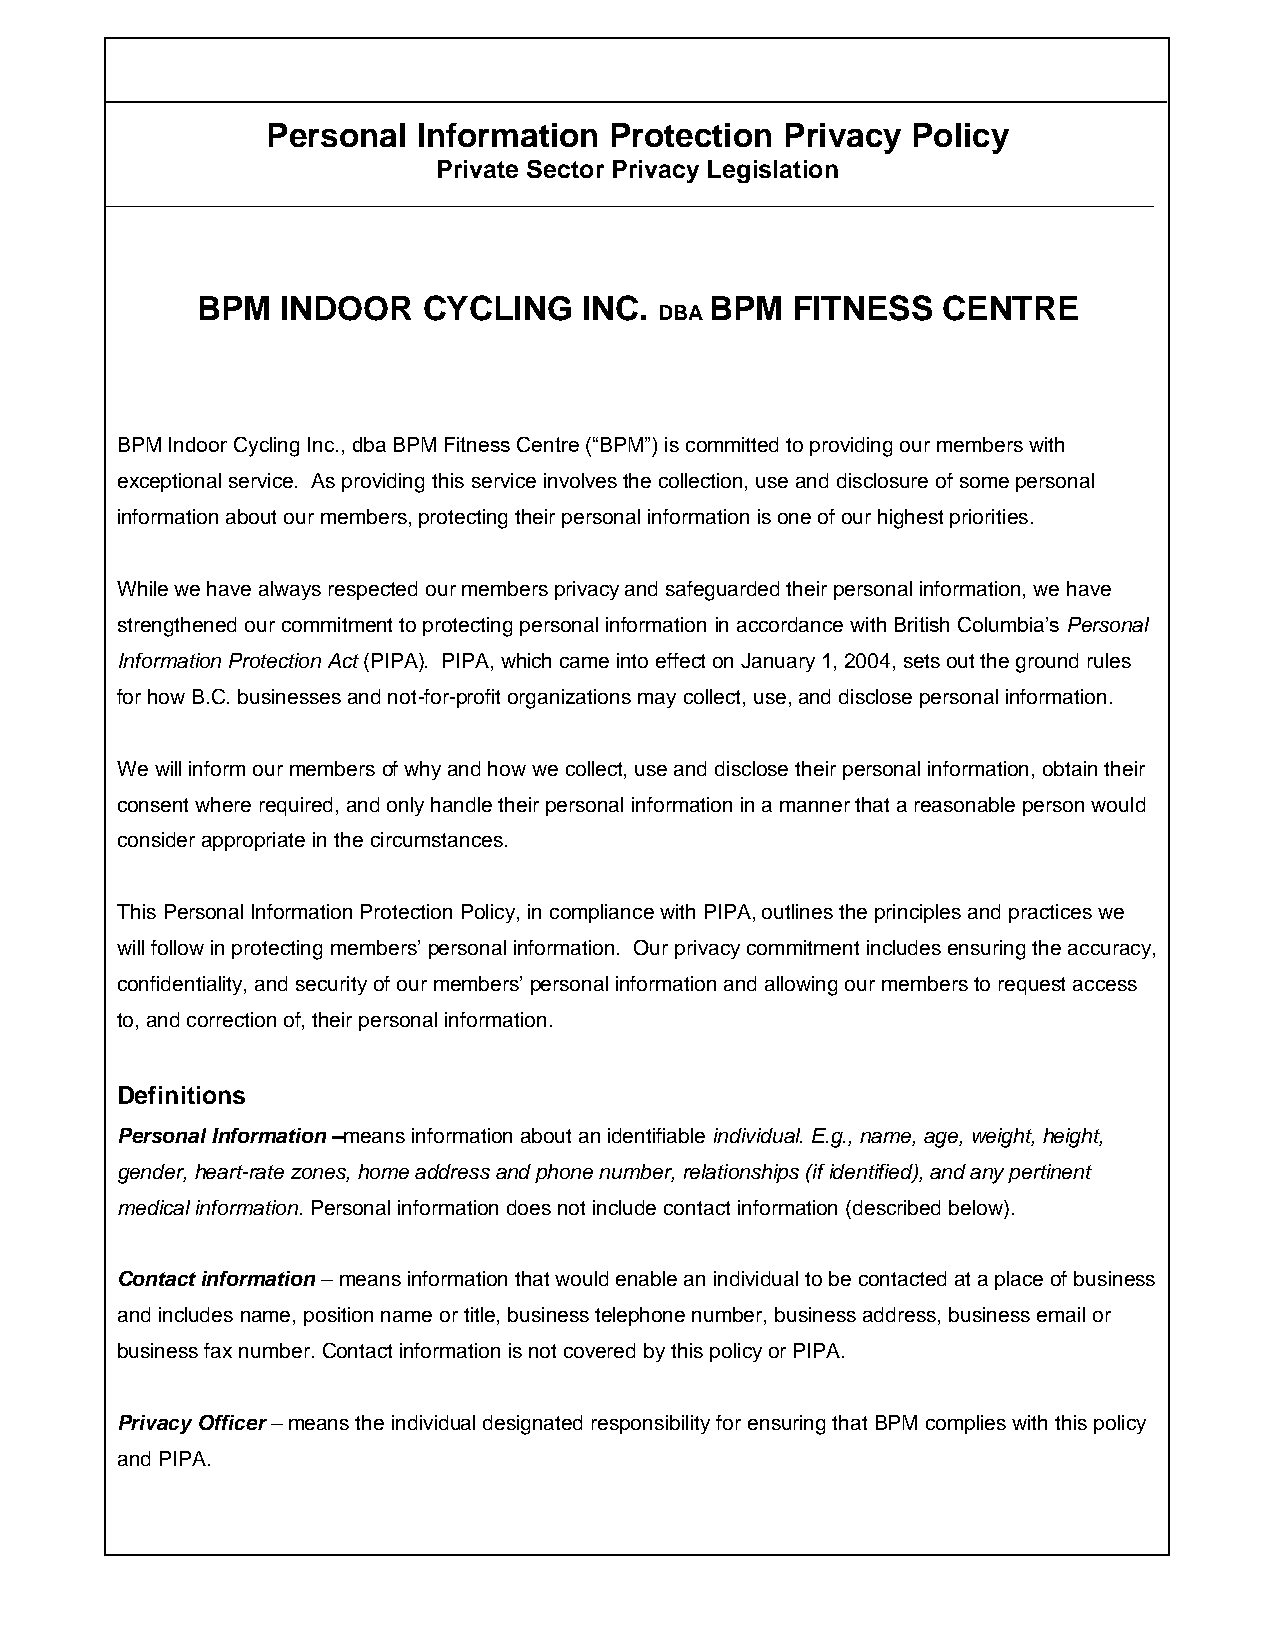
Personal  Information Protection  Privacy Policy
 Private Sector Privacy Legislation
 BPM   INDOOR   CYCLING    INC.    BPM  FITNESS   CENTRE
 DBA
 BPM Indoor Cycling Inc., dba BPM Fitness Centre (“BPM”) is committed to providing our members with
 exceptional service. As providing this service involves the collection, use and disclosure of some personal
 information about our members, protecting their personal information is one of our highest priorities.
 While we have always respected our members privacy and safeguarded their personal information, we have
 strengthened our commitment to protecting personal information in accordance with British Columbia’s Personal
 Information Protection Act (PIPA). PIPA, which came into effect on January 1, 2004, sets out the ground rules
 for how B.C. businesses and not-for-profit organizations may collect, use, and disclose personal information.
 We will inform our members of why and how we collect, use and disclose their personal information, obtain their
 consent where required, and only handle their personal information in a manner that a reasonable person would
 consider appropriate in the circumstances.
 This Personal Information Protection Policy, in compliance with PIPA, outlines the principles and practices we
 will follow in protecting members’ personal information. Our privacy commitment includes ensuring the accuracy,
 confidentiality, and security of our members’ personal information and allowing our members to request access
 to, and correction of, their personal information.
 Definitions
 Personal Information –means information about an identifiable individual. E.g., name, age, weight, height,
 gender, heart-rate zones, home address and phone number, relationships (if identified), and any pertinent
 medical information. Personal information does not include contact information (described below).
 Contact information – means information that would enable an individual to be contacted at a place of business
 and includes name, position name or title, business telephone number, business address, business email or
 business fax number. Contact information is not covered by this policy or PIPA.
 Privacy Officer – means the individual designated responsibility for ensuring that BPM complies with this policy
 and PIPA.